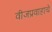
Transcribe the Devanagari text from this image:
वीजप्रवाहाचे